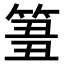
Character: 𥮢